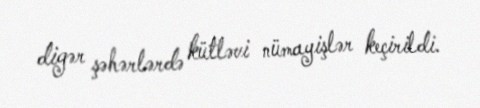
digər şəhərlərdə kütləvi nümayişlər keçirildi.